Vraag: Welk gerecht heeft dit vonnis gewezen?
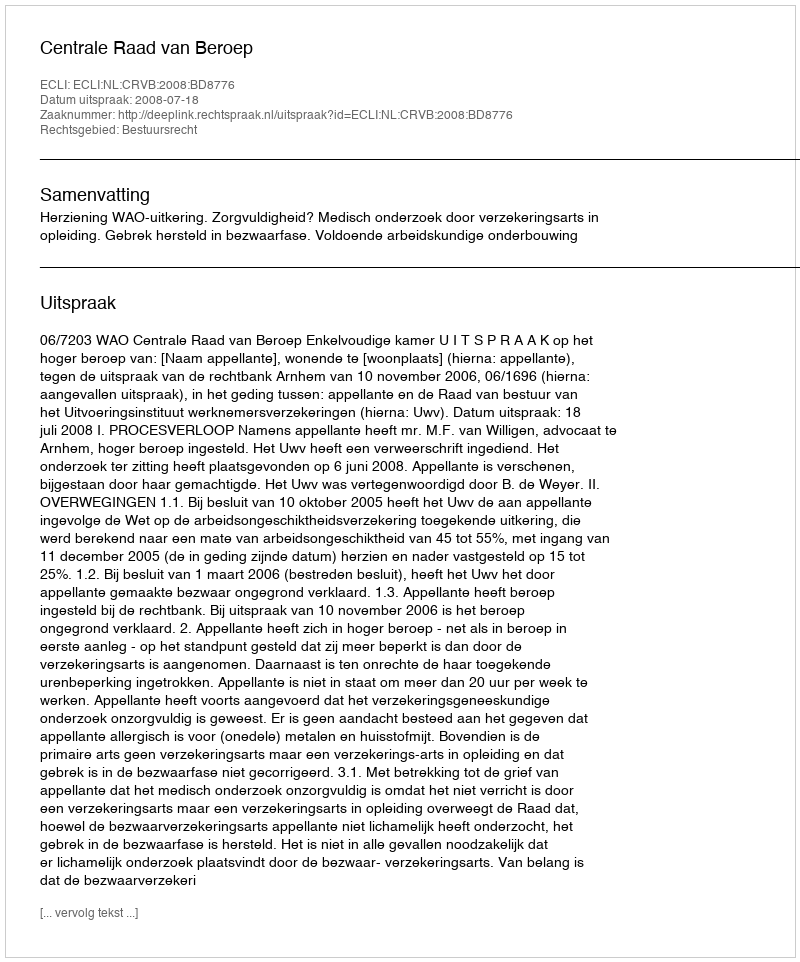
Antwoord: Centrale Raad van Beroep